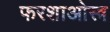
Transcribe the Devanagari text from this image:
फरशाओस्त्र